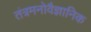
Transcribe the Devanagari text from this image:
तंत्रमनोवैज्ञानिक